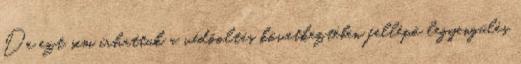
De ezt sem írhattuk a védõoltás következtében fellépõ legyengülés